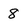
Character: 8